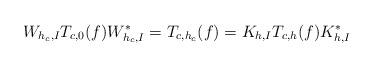
LaTeX: \begin{align*}W_{h_c,I} T_{c,0}(f) W_{h_c,I}^* = T_{c,h_c}(f)= K_{h,I} T_{c,h}(f) K_{h,I}^*\end{align*}